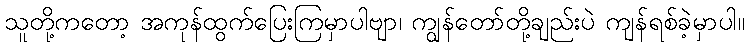
သူတို့ကတော့ အကုန်ထွက်ပြေးကြမှာပါဗျာ၊ ကျွန်တော်တို့ချည်းပဲ ကျန်ရစ်ခဲ့မှာပါ။